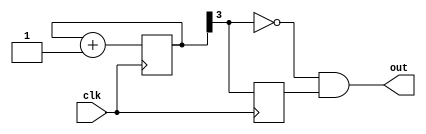
module top (
    input clk,
    output out
);

// a little 0-to-7 counter
reg [3:0] counter;
always @(posedge clk)
    counter <= counter + 1;
wire in = counter[3];

// falling edge detector
reg inPrev;
always @(posedge clk)
    inPrev <= in;
assign out = ~in & inPrev;

endmodule